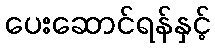
ပေးဆောင်ရန်နှင့်